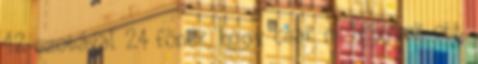
12 szobával 24 fõnek, hogy csak mi legyünk ott